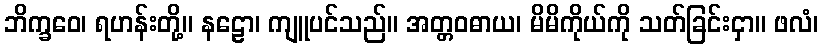
ဘိက္ခဝေ၊ ရဟန်းတို့။ နဠော၊ ကျူပင်သည်။ အတ္တဝဓာယ၊ မိမိကိုယ်ကို သတ်ခြင်းငှာ။ ဖလံ၊